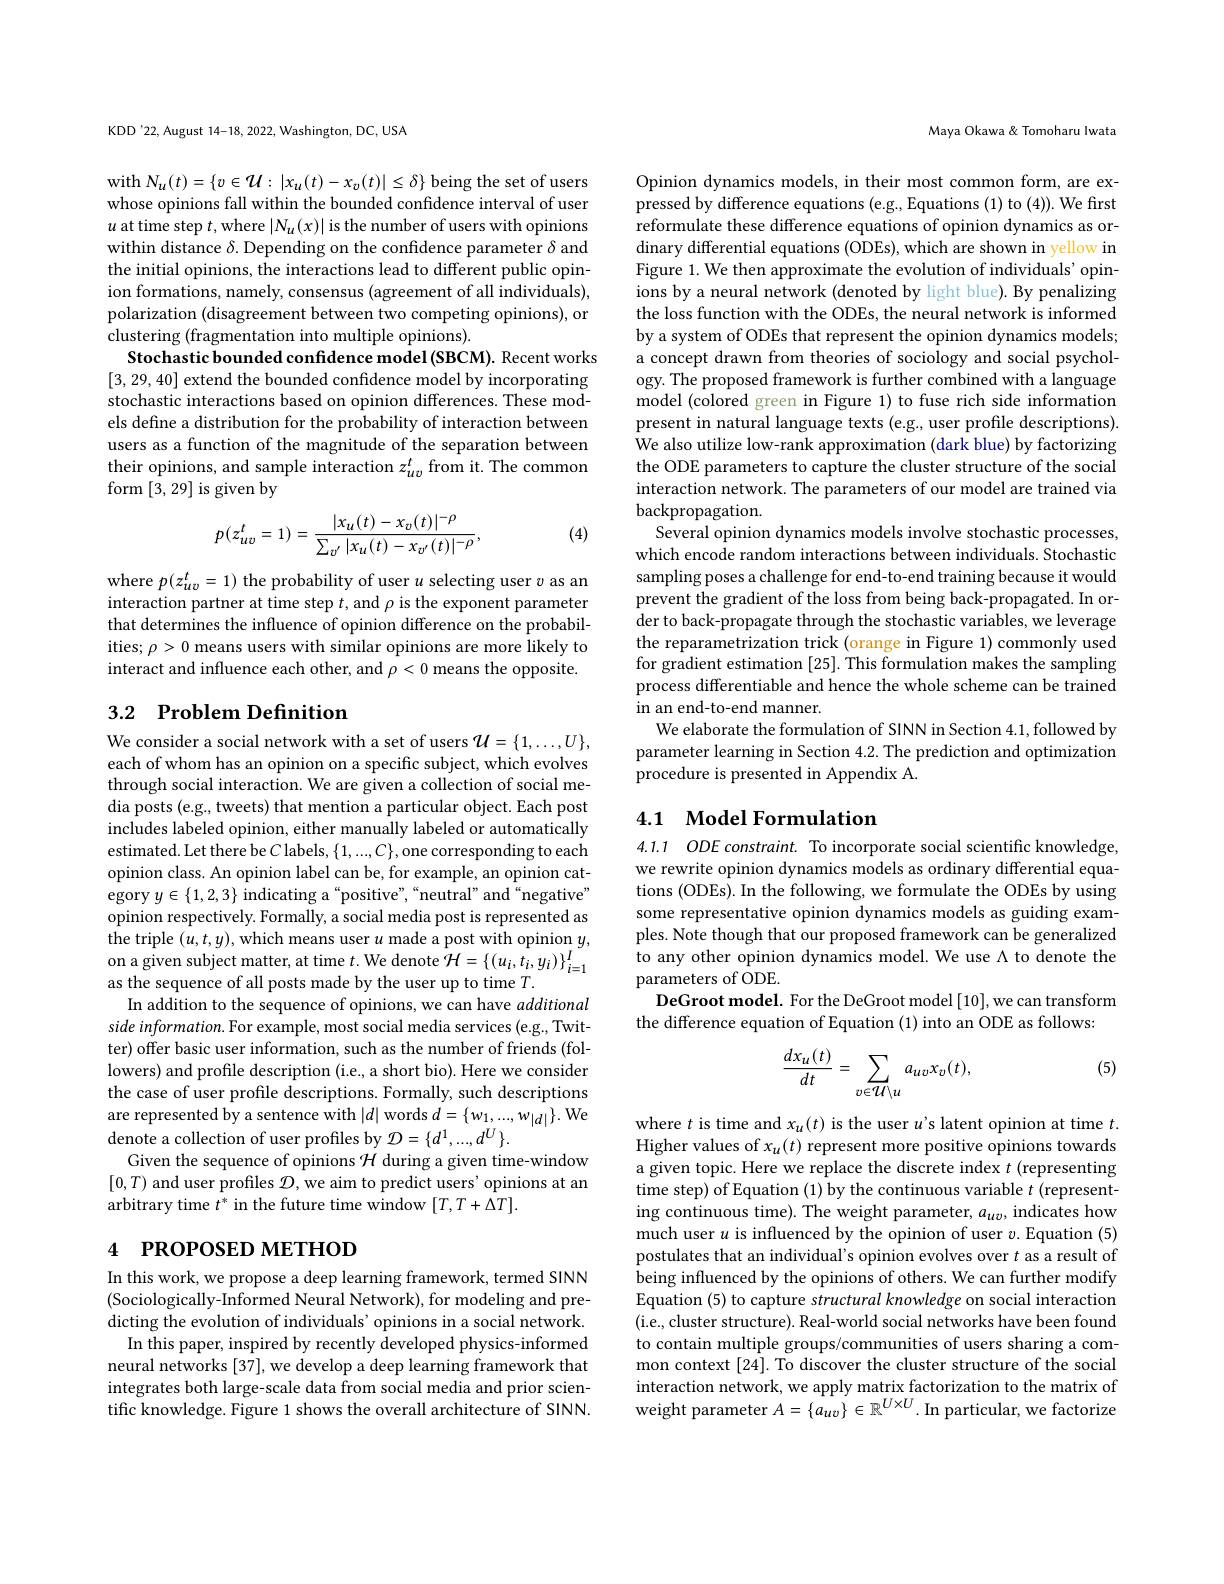
KDD'22, August 14-18, 2022, Washington, DC, USA

with $N_u(t)=\{v\in\mathcal{U}:|x_u(t)-x_v(t)|\leq\delta\}$ being the set of users whose opinions fall within the bounded confidence interval of user $u$ at time step $t$,where $|N_u(x)|$ is the number of users with opinions within distance $\delta$. Depending on the confidence parameter $\delta$ and the initial opinions, the interactions lead to different public opinion formations, namely, consensus (agreement of all individuals), polarization (disagreement between two competing opinions), or clustering (fragmentation into multiple opinions).
Stochastic bounded confidence model (SBCM). Recent works [3,29,40] extend the bounded confidence model by incorporating stochastic interactions based on opinion differences. These models define a distribution for the probability of interaction between users as a function of the magnitude of the separation between their opinions, and sample interaction $z_{uv}^t$ from it. The common form[3,29] is given by
$$p(z_{uv}^{t}=1)=\frac{|x_{u}(t)-x_{v}(t)|^{-\rho}}{\sum_{v'}|x_{u}(t)-x_{v'}(t)|^{-\rho}},$$
(4)

where $p(z_uv^t=1)$ the probability of user $u$ selecting user $v$ as an interaction partner at time step $t$, and $\rho$ is the exponent parameter that determines the influence of opinion difference on the probabilities; $\rho>0$ means users with similar opinions are more likely to interact and influence each other, and $\rho<0$ means the opposite.

## 3.2 $\textbf{Problem Definition}$

We consider a social network with a set of users $\mathcal{U}=\{1,\ldots,U\}$, each of whom has an opinion on a specific subject, which evolves through social interaction. We are given a collection of social media posts (e.g., tweets) that mention a particular object. Each post includes labeled opinion, either manually labeled or automatically estimated. Let there be $C$ labels, $\{1,...,C\}$,one corresponding to each opinion class. An opinion label can be, for example, an opinion category $y\in\{1,2,3\}$ indicating a“positive”,“neutral”and“negative” opinion respectively. Formally, a social media post is represented as the triple $(u,t,y)$, which means user $u$ made a post with opinion $y$, on a given subject matter, at time $t.$ We denote $\mathcal{H}=\{(u_{i},t_{i},y_{i})\}_{i=1}^{I}$ as the sequence of all posts made by the user up to time $T.$
In addition to the sequence of opinions, we can have additional side information. For example, most social media services (e.g., Twitter) offer basic user information, such as the number of friends (followers) and profile description (i.e., a short bio). Here we consider the case of user profile descriptions. Formally, such descriptions are represented by a sentence with $|d|$ words $d=\{w_1,...,w_{|d|}\}.$ We denote a collection of user profiles by $\mathcal{D}=\{d^1,...,d^U\}.$
Given the sequence of opinions $\mathcal{H}$ during a given time-window $[0,T)$ and user profiles $\mathcal{D}$,we aim to predict users' opinions at an arbitrary time $t^*$ in the future time window $[T,T+\Delta T].$

# 4 РROPOSED METHOD

In this work, we propose a deep learning framework, termed SINN (Sociologically-Informed Neural Network), for modeling and predicting the evolution of individuals' opinions in a social network. In this paper, inspired by recently developed physics-informed neural networks [37], we develop a deep learning framework that integrates both large-scale data from social media and prior scientific knowledge. Figure 1 shows the overall architecture of SINN.

Maya Okawa& Tomoharu Iwata

Opinion dynamics models, in their most common form, are expressed by difference equations (e.g., Equations (1) to (4)). We first reformulate these difference equations of opinion dynamics as ordinary differential equations (ODEs), which are shown in yellow in Figure 1. We then approximate the evolution of individuals' opinions by a neural network (denoted by light blue). By penalizing the loss function with the ODEs, the neural network is informed by a system of ODEs that represent the opinion dynamics models; a concept drawn from theories of sociology and social psychology. The proposed framework is further combined with a language model (colored green in Figure 1) to fuse rich side information present in natural language texts (e.g., user profile descriptions). We also utilize low-rank approximation (dark blue) by factorizing the ODE parameters to capture the cluster structure of the social interaction network. The parameters of our model are trained via $\underset{{\mathrm{o}}}{\operatorname*{\operatorname*{backpropagation.}}}$
Several opinion dynamics models involve stochastic processes, which encode random interactions between individuals. Stochastic sampling poses a challenge for end-to-end training because it would prevent the gradient of the loss from being back-propagated. In order to back-propagate through the stochastic variables, we leverage the reparametrization trick (orange in Figure 1) commonly used for gradient estimation [25]. This formulation makes the sampling process differentiable and hence the whole scheme can be trained in an end-to-end manner.
We elaborate the formulation of SINN in Section 4.1, followed by parameter learning in Section 4.2. The prediction and optimization procedure is presented in Appendix A.

## 4.1 Model Formulation

4.1.1 ODE constraint. To incorporate social scientific knowledge, we rewrite opinion dynamics models as ordinary differential equations (ODEs). In the following, we formulate the ODEs by using some representative opinion dynamics models as guiding examples. Note though that our proposed framework can be generalized to any other opinion dynamics model. We use Λ to denote the parameters of ODE.
DeGroot model. For the DeGroot model [10],we can transform
the difference equation of Equation (1) into an ODE as follows:

(5)
$$\frac{dx_u(t)}{dt}=\sum_{v\in\mathcal{U}\setminus u}a_{uv}x_v(t),$$
where $t$ is time and $x_u(t)$ is the user $u^\prime$s latent opinion at time $t.$ Higher values of $x_u(t)$ represent more positive opinions towards a given topic. Here we replace the discrete index $t$ (representing time step) of Equation (1) by the continuous variable $t$ (representing continuous time). The weight parameter, $a_uv$, indicates how much user $u$ is influenced by the opinion of user $v.$ Equation (5) postulates that an individual's opinion evolves over $t$ as a result of being influenced by the opinions of others. We can further modify Equation (5) to capture structural knowledge on social interaction (i.e., cluster structure). Real-world social networks have been found to contain multiple groups/communities of users sharing a common context [24]. To discover the cluster structure of the social interaction network, we apply matrix factorization to the matrix of weight parameter $A= \{ a_{uv}\} \in \mathbb{R} ^{U\times U}.$In particular, we factorize